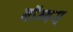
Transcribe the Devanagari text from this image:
बॉम्बस्